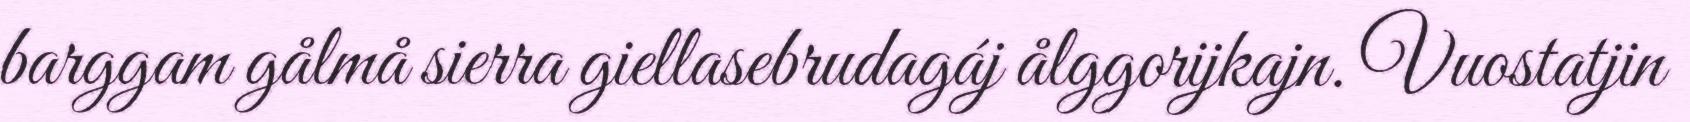
barggam gålmå sierra giellasebrudagáj ålggorijkajn. Vuostatjin